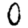
Digit: 0